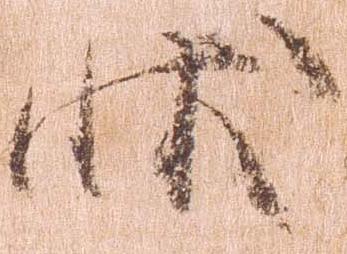
状